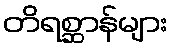
တိရစ္ဆာန်များ